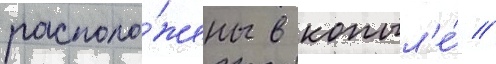
располо́жены в копыл'е́ //